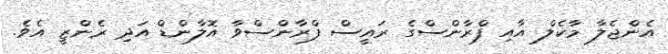
އެންޖެލާ މާކެލް އާއި ފްރާންސްގެ ރައީސް ފްރާންސްވާ އޮލާންޑް އަދި ރެންޒީ އެވެ.